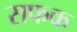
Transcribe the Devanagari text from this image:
सफक